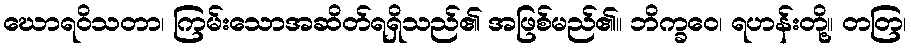
ဃောရဝိသတာ၊ ကြမ်းသောအဆိတ်ရရှိသည်၏ အဖြစ်မည်၏။ ဘိက္ခဝေ၊ ရဟန်းတို့။ တတြ၊